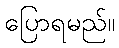
ပြောရမည်။